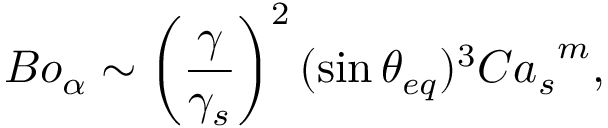
{ B o _ { \alpha } } \sim \left( \frac { \gamma } { \gamma _ { s } } \right) ^ { 2 } ( \sin { \theta _ { e q } } ) ^ { 3 } { C a _ { s } } ^ { m } ,